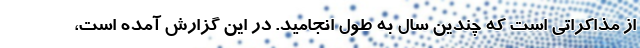
از مذاکراتی است که چندین سال به طول انجامید. در این گزارش آمده است،